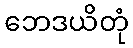
ဘေဒယိတုံ